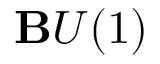
\mathbf { B } U ( 1 )